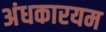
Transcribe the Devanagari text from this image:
अंधकारयम